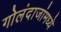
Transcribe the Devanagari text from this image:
गोलंदाजांमध्ये